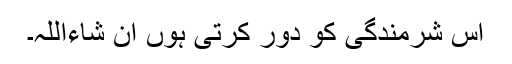
اس شرمندگی کو دور کرتی ہوں ان شاءاللہ۔